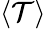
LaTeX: \left\langle\mathcal{T}\right\rangle